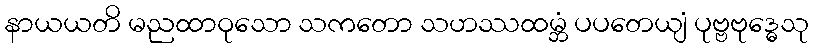
နာယယတိ မညထာဝုသော သကတော သဟဿထမ္ဘံ ပပတေယျံ ပုဗ္ဗဗုဒ္ဓေသု